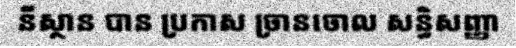
នីស្ថាន បាន ប្រកាស ច្រានចោល សន្ធិសញ្ញា